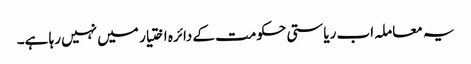
یہ معاملہ اب ریاستی حکومت کے دائرہ اختیار میں نہیں رہا ہے۔